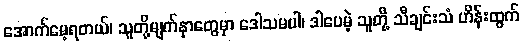
အောက်မေ့ရတယ်၊ သူတို့မျက်နှာတွေမှာ ဒေါသမပါ၊ ဒါပေမဲ့ သူတို့ သီချင်းသံ ဟိန်းထွက်